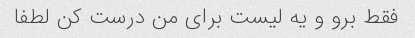
فقط برو و یه لیست برای من درست کن لطفا